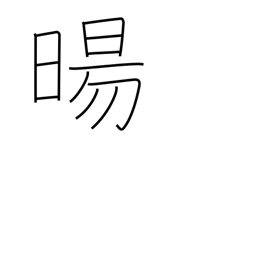
Meaning: sunrise